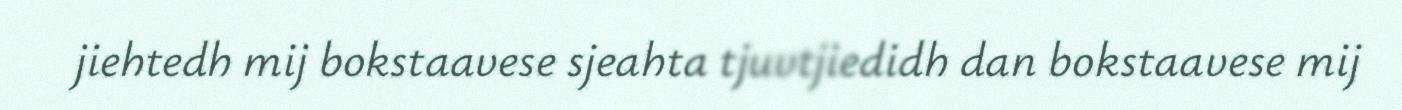
jiehtedh mij bokstaavese sjeahta tjuvtjiedidh dan bokstaavese mij